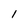
Character: 1